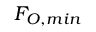
F _ { O , m i n }